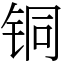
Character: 铜